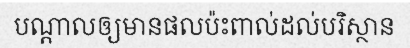
បណ្តាលឲ្យមានផលប៉ះពាល់ដល់បរិស្ថាន